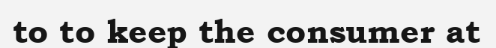
to to keep the consumer at